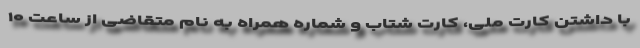
با داشتن کارت ملی، کارت شتاب و شماره همراه به نام متقاضی از ساعت ۱۰